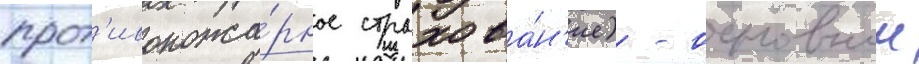
прот'ивопожа́рное страхова́н'ие) - основнои